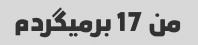
من 17 برمیگردم